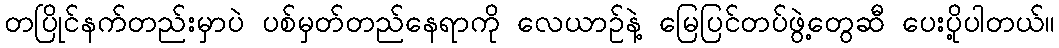
တပြိုင်နက်တည်းမှာပဲ ပစ်မှတ်တည်နေရာကို လေယာဉ်နဲ့ မြေပြင်တပ်ဖွဲ့တွေဆီ ပေးပို့ပါတယ်။